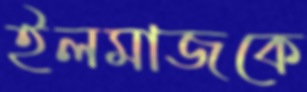
ইলমাজকে